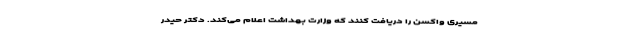
مسیری واکسن را دریافت کنند که وزارت بهداشت اعلام می‌کند. دکتر حیدر